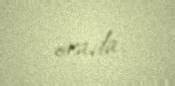
orada.